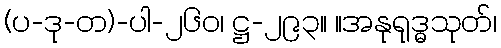
(ပ-ဒု-တ)-ပါ-၂၆၀၊ ဋ္ဌ-၂၉၃။ ။အနုရုဒ္ဓသုတ်၊